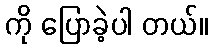
ကို ပြောခဲ့ပါ တယ်။